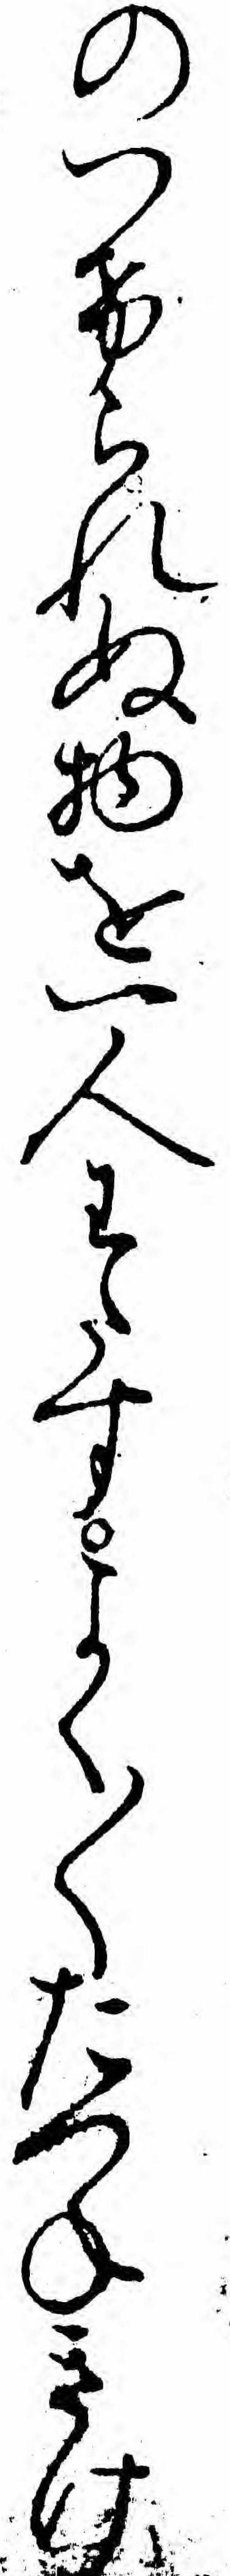
のつけられぬ物を一人わたすよく〱たつねきけ